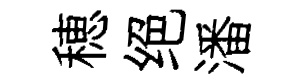
穂绝潘